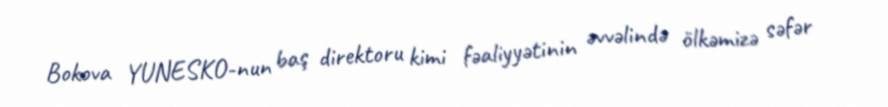
Bokova YUNESKO-nun baş direktoru kimi fəaliyyətinin əvvəlində ölkəmizə səfər